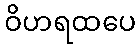
ဝိဟရထပေ